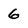
Character: 6